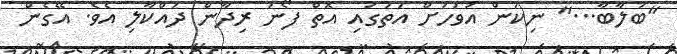
"ބަލާބާ..." ނިކަން އަވަހަށް އަތުގައި އޮތް ފޯނު ރިދާން ދައްކާލި އެވެ. އޭގެން